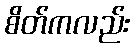
စိတ်ကလည်း